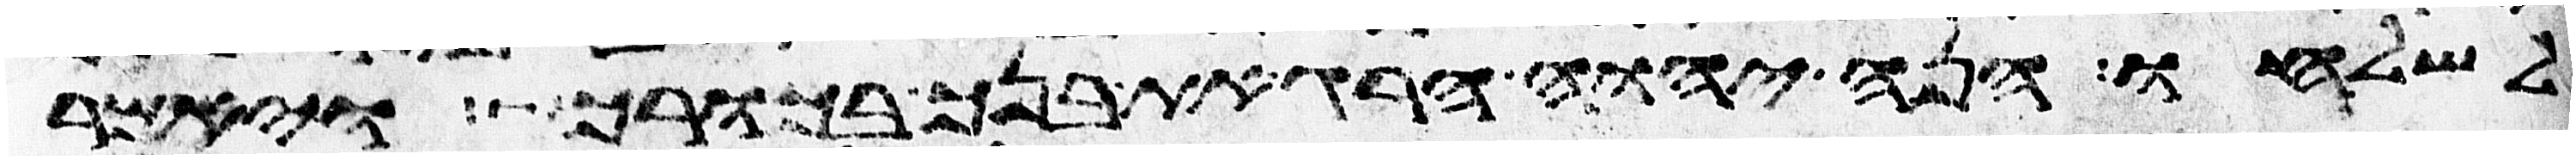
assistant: לשלחו הנה יהוה הרג את בנך בכורך ויאמר